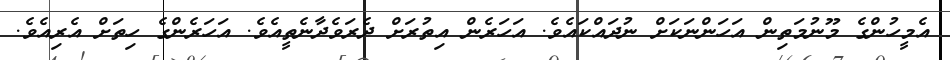
އެމީހުންގެ މޫނުމަތިން އަހަންނަކަށް ނުދައްކައެވެ. އަހަރެން އިތުރަށް ދެރަވެދާނެތީއެވެ. އަހަރެންގެ ހިތަށް އެރިއެވެ.